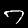
Digit: 7